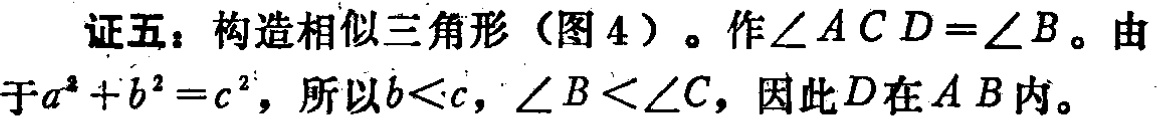
证五：构造相似三角形（图 4）。作\(\angle ACD = \angle B\)。由于\(a^{2}+b^{2}=c^{2}\)，所以\(b < c\)，\(\angle B < \angle C\)，因此\(D\)在\(AB\)内。